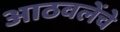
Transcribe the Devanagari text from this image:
आठवलेंचे